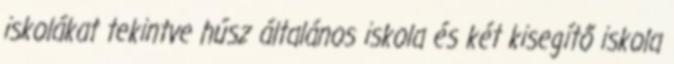
iskolákat tekintve húsz általános iskola és két kisegítő iskola